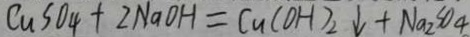
C u S O _ { 4 } + 2 N a O H = C u ( O H ) _ { 2 } \downarrow + N a _ { 2 } S O _ { 4 }